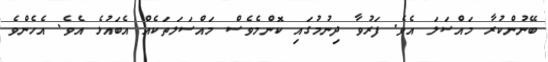
ބޭނުންކުރާ މައްސަލަ އެވެ. ފަރުވާ ދިނުމުގައި ކޮންމެވެސް މައްސަލަތަކެއް އެބައުޅެ އެވެ. އެހެންވެ